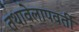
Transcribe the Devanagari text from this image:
तथावेलापवर्ती